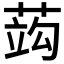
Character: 𦵑